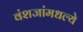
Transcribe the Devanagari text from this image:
वंशजांमधल्ये